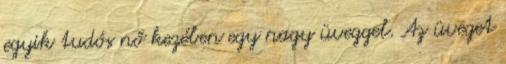
egyik tudós nő kezében egy nagy üveggel. Az üveget